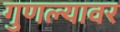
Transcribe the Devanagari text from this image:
गुणल्यावर